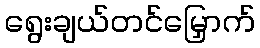
ရွေးချယ်တင်မြှောက်